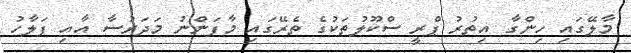
މާލޭގައި ހިންގާ އިތުރު ޕްރީ ސްކޫލުތަކުގެ ތެރޭގައި މާފަންނު މަދަރުސާ އާއި ފަލާހު